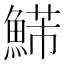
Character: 𩹩